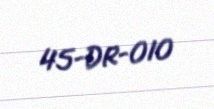
45-DR-010